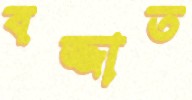
বজ্জাত